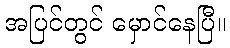
အပြင်တွင် မှောင်နေပြီ။